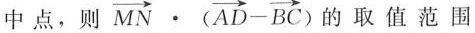
中点，则$$\overrightarrow { M N } \cdot ( \overrightarrow { A D } - \overrightarrow { B C } )$$的取值范围